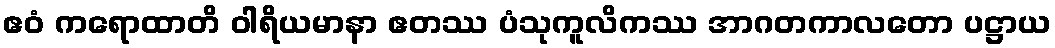
ဧဝံ ကရောထာတိ ဝါရိယမာနာ ဧတဿ ပံသုကူလိကဿ အာဂတကာလတော ပဋ္ဌာယ